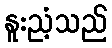
နူးညံ့သည်